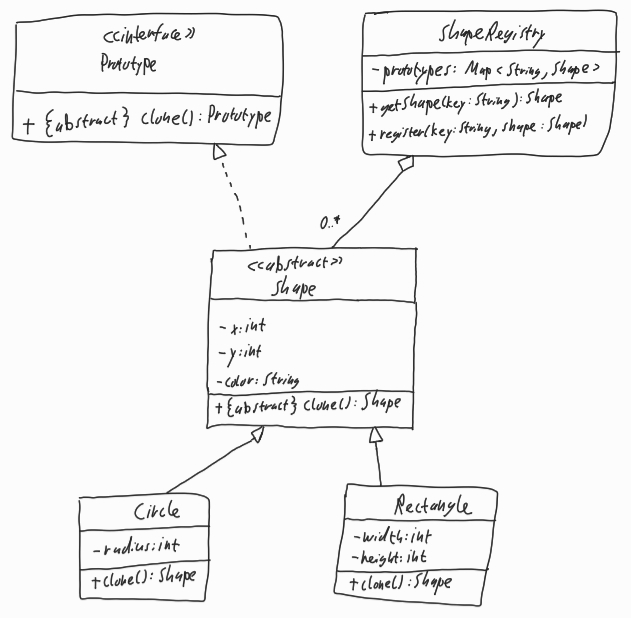
Diagram type: class_diagram
```plantuml
@startuml

interface Prototype {
  + {abstract} clone(): Prototype
}

class ShapeRegistry {
  - prototypes: Map<String, Shape>
  + getShape(key: String): Shape
  + register(key: String, shape: Shape)
}

abstract Shape implements Prototype {
  - x: int
  - y: int
  - color: String
  + {abstract} clone(): Shape
}

class Circle extends Shape {
  - radius: int
  + clone(): Shape
}

class Rectangle extends Shape {
  - width: int
  -  height: int
  + clone(): Shape
}

ShapeRegistry o-- "0..*" Shape

@enduml
```